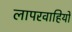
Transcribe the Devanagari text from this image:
लापरवाहियों